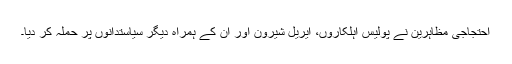
احتجاجی مظاہرین نے پولیس اہلکاروں، ایریل شیرون اور ان کے ہمراہ دیگر سیاستدانوں پر حملہ کر دیا۔